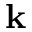
\mathbf { k }